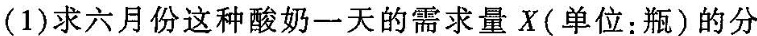
(1)求六月份这种酸奶一天的需求量X(单位：瓶)的分